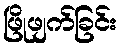
ဖြိုဖျက်ခြင်း